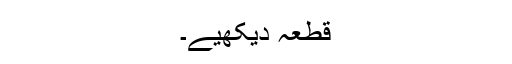
قطعہ دیکھیے۔